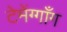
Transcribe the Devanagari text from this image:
टेमेंग्गाँग